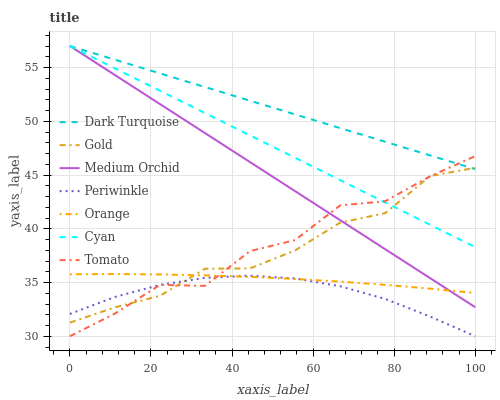
| xaxis_label | Dark Turquoise | Gold | Medium Orchid | Periwinkle | Orange | Cyan | Tomato |
 | --- | --- | --- | --- | --- | --- | --- | --- |
 | 0 | 57 | 31.3 | 57 | 32.1 | 35.8 | 57 | 30 |
 | 11.1 | 55.7 | 32.7 | 54.3 | 33.7 | 35.8 | 54.9 | 32.1 |
 | 22.2 | 54.5 | 33.8 | 51.6 | 34.8 | 35.8 | 52.8 | 34.8 |
 | 33.3 | 53.2 | 36.3 | 48.9 | 35.4 | 35.7 | 50.8 | 34.7 |
 | 44.4 | 51.9 | 36.3 | 46.2 | 35.6 | 35.5 | 48.7 | 37.9 |
 | 55.6 | 50.6 | 38 | 43.5 | 35.4 | 35.3 | 46.6 | 38.9 |
 | 66.7 | 49.4 | 40.6 | 40.8 | 34.7 | 35.1 | 44.5 | 42.2 |
 | 77.8 | 48.1 | 41.5 | 38.1 | 33.5 | 34.8 | 42.4 | 42.6 |
 | 88.9 | 46.8 | 44.9 | 35.4 | 31.8 | 34.4 | 40.4 | 44.9 |
 | 100 | 45.5 | 45.7 | 32.7 | 30 | 34 | 38.3 | 46.8 |